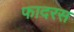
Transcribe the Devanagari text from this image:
फादरस